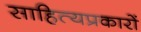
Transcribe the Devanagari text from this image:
साहित्यप्रकारों